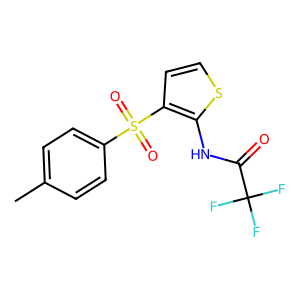
SMILES: Cc1ccc(S(=O)(=O)c2ccsc2NC(=O)C(F)(F)F)cc1
Inhibits HIV replication: No